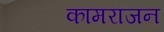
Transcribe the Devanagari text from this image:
कामराजन